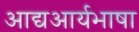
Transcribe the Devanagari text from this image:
आद्यआर्यभाषा